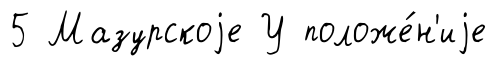
5 Мазурскоjе У положе́н'иjе